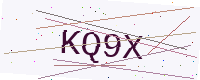
Text: KQ9X